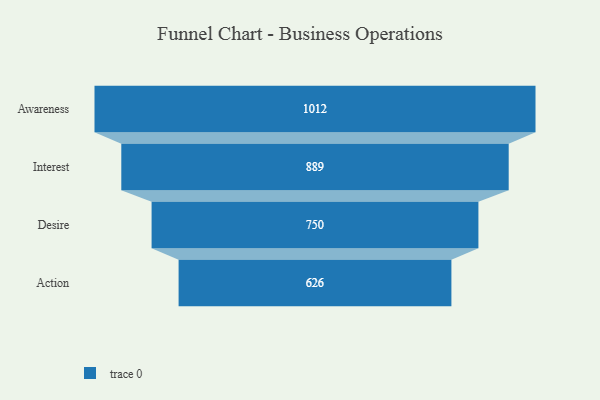
{"axis": {"x": "Stage", "y": "Value"}, "legend": [""], "data": [{"x": "Awareness", "y": 1012.0, "type": ""}, {"x": "Interest", "y": 889.0, "type": ""}, {"x": "Desire", "y": 750.0, "type": ""}, {"x": "Action", "y": 626.0, "type": ""}]}